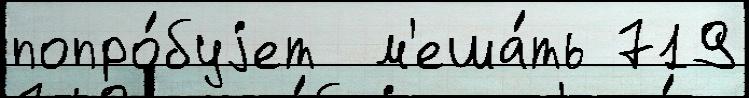
попро́буjет  м'еша́ть 719